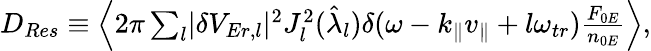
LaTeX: \begin{array}{r}{D_{Res}\equiv\left\langle 2\pi\sum_{l}\lvert\delta V_{Er,l}\rvert^{2}J_{l}^{2}(\hat{\lambda}_{l})\delta(\omega-k_{\parallel}v_{\parallel}+l\omega_{tr})\frac{F_{0E}}{n_{0E}}\right\rangle,}\end{array}